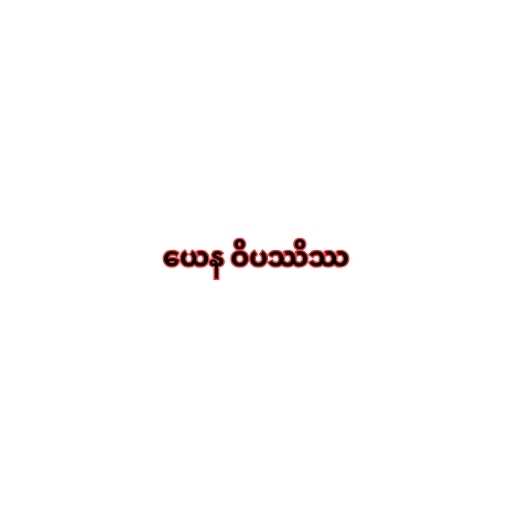
ယေန ဝိပဿိဿ